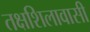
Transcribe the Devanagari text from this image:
तक्षशिलावासी